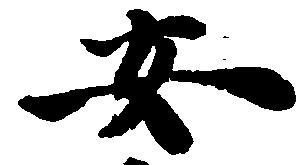
安